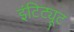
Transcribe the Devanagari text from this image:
इंटिट्यूट